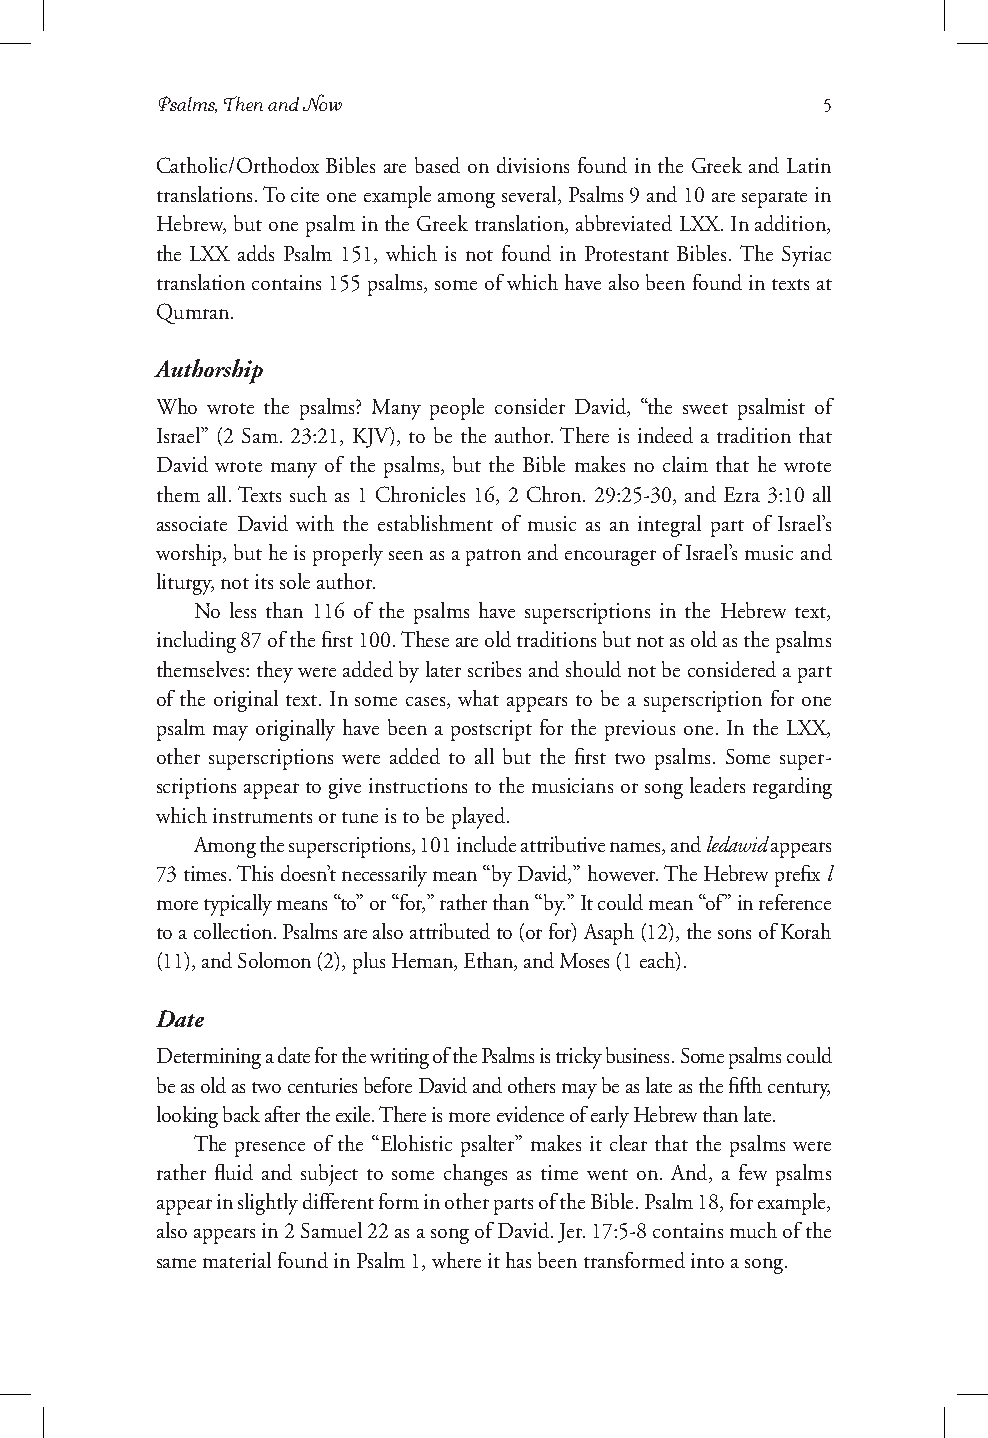
Psalms, Then and Now                        5
 Catholic/Orthodox Bibles are based on divisions found in the Greek and Latin
 translations. To cite one example among several, Psalms 9 and 10 are separate in
 Hebrew, but one psalm in the Greek translation, abbreviated LXX. In addition,
 the LXX adds Psalm 151, which is not found in Protestant Bibles. The Syriac
 translation contains 155 psalms, some of which have also been found in texts at
 Qumran.
 Authorship
 Who wrote the psalms? Many people consider David, “the sweet psalmist of
 Israel” (2 Sam. 23:21, KJV), to be the author. There is indeed a tradition that
 David wrote many of the psalms, but the Bible makes no claim that he wrote
 them all. Texts such as 1 Chronicles 16, 2 Chron. 29:25-30, and Ezra 3:10 all
 associate David with the establishment of music as an integral part of Israel’s
 worship, but he is properly seen as a patron and encourager of Israel’s music and
 liturgy, not its sole author.
 No less than 116 of the psalms have superscriptions in the Hebrew text,
 including 87 of the first 100. These are old traditions but not as old as the psalms
 themselves: they were added by later scribes and should not be considered a part
 of the original text. In some cases, what appears to be a superscription for one
 psalm may originally have been a postscript for the previous one. In the LXX,
 other superscriptions were added to all but the first two psalms. Some super-
 scriptions appear to give instructions to the musicians or song leaders regarding
 which instruments or tune is to be played.
 Among the superscriptions, 101 include attributive names, and ledawid appears
 73 times. This doesn’t necessarily mean “by David,” however. The Hebrew prefix l
 more typically means “to” or “for,” rather than “by.” It could mean “of” in reference
 to a collection. Psalms are also attributed to (or for) Asaph (12), the sons of Korah
 (11), and Solomon (2), plus Heman, Ethan, and Moses (1 each).
 Date
 Determining a date for the writing of the Psalms is tricky business. Some psalms could
 be as old as two centuries before David and others may be as late as the fifth century,
 looking back after the exile. There is more evidence of early Hebrew than late.
 The presence of the “Elohistic psalter” makes it clear that the psalms were
 rather fluid and subject to some changes as time went on. And, a few psalms
 appear in slightly different form in other parts of the Bible. Psalm 18, for example,
 also appears in 2 Samuel 22 as a song of David. Jer. 17:5-8 contains much of the
 same material found in Psalm 1, where it has been transformed into a song.